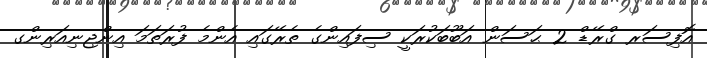
އޮފިސަރ ގްރޭޑް 2 ޙަސަން އަބޫބަކުރަކީ ސިފައިންގެ ތެރޭގައި އެންމެ ފުރަތަމަ އިންޖިނިއަރިންގ